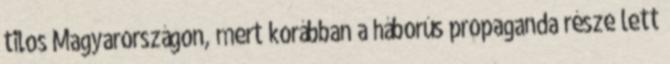
tilos Magyarországon, mert korábban a háborús propaganda része lett